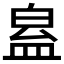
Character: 𥁬